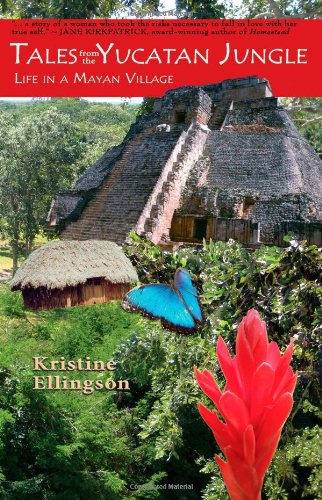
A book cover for Tales from the Yucatan Jungle: Life in a Mayan Village; Kristine Ellingson; Travel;